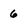
Character: 6